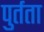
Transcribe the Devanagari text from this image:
पुर्तता